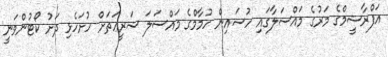
އަފްރާޝީމްގެ މަރުގެ މައްސަލާގައި ހުސައިން ހުމާމްގެ މައްސަލަ ޝަރީޢަތަށް ހުށަހެޅި ދަށު ކޯޓުންވަނީ